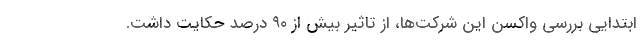
ابتدایی بررسی واکسن این شرکت‌ها، از تاثیر بیش از ۹۰ درصد حکایت داشت.